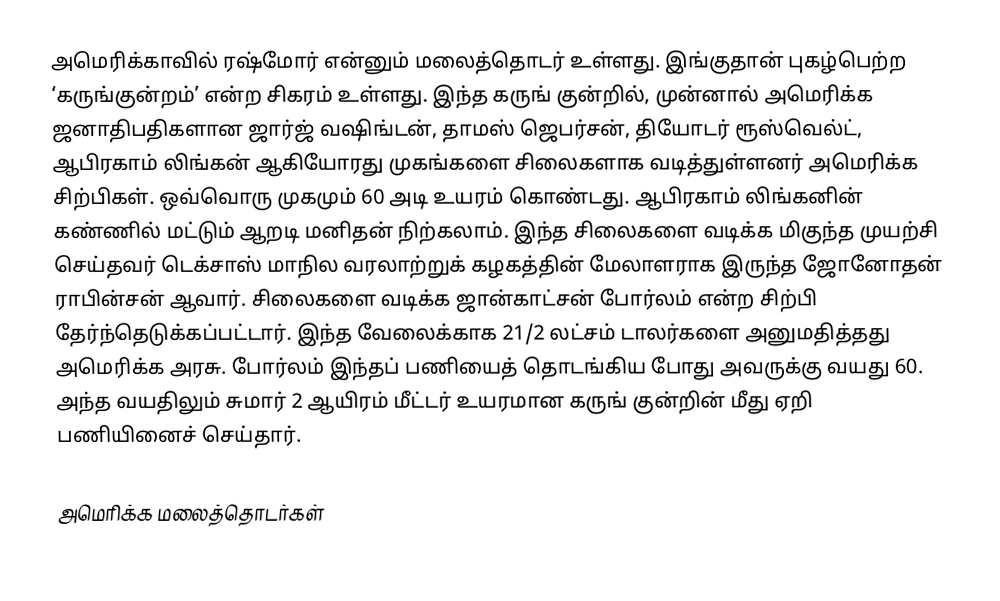
அமெரிக்காவில் ரஷ்மோர் என்னும் மலைத்தொடர் உள்ளது. இங்குதான் புகழ்பெற்ற ‘கருங்குன்றம்’ என்ற சிகரம் உள்ளது. இந்த கருங் குன்றில், முன்னால் அமெரிக்க ஜனாதிபதிகளான ஜார்ஜ் வஷிங்டன், தாமஸ் ஜெபர்சன், தியோடர் ரூஸ்வெல்ட், ஆபிரகாம் லிங்கன் ஆகியோரது முகங்களை சிலைகளாக வடித்துள்ளனர் அமெரிக்க சிற்பிகள். ஒவ்வொரு முகமும் 60 அடி உயரம் கொண்டது. ஆபிரகாம் லிங்கனின் கண்ணில் மட்டும் ஆறடி மனிதன் நிற்கலாம். இந்த சிலைகளை வடிக்க மிகுந்த முயற்சி செய்தவர் டெக்சாஸ் மாநில வரலாற்றுக் கழகத்தின் மேலாளராக இருந்த ஜோனோதன் ராபின்சன் ஆவார். சிலைகளை வடிக்க ஜான்காட்சன் போர்லம் என்ற சிற்பி தேர்ந்தெடுக்கப்பட்டார். இந்த வேலைக்காக 21/2 லட்சம் டாலர்களை அனுமதித்தது அமெரிக்க அரசு. போர்லம் இந்தப் பணியைத் தொடங்கிய போது அவருக்கு வயது 60. அந்த வயதிலும் சுமார் 2 ஆயிரம் மீட்டர் உயரமான கருங் குன்றின் மீது ஏறி பணியினைச் செய்தார்.

அமெரிக்க மலைத்தொடர்கள்